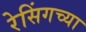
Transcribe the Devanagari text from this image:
रेसिंगच्या